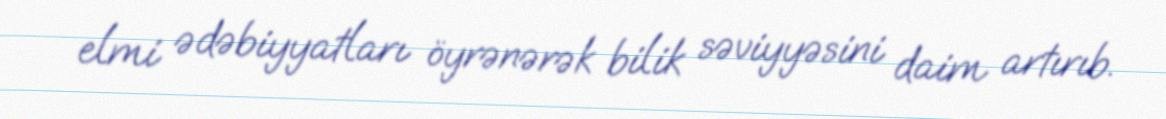
elmi ədəbiyyatları öyrənərək bilik səviyyəsini daim artırıb.